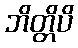
ဘိတ္တိပိ